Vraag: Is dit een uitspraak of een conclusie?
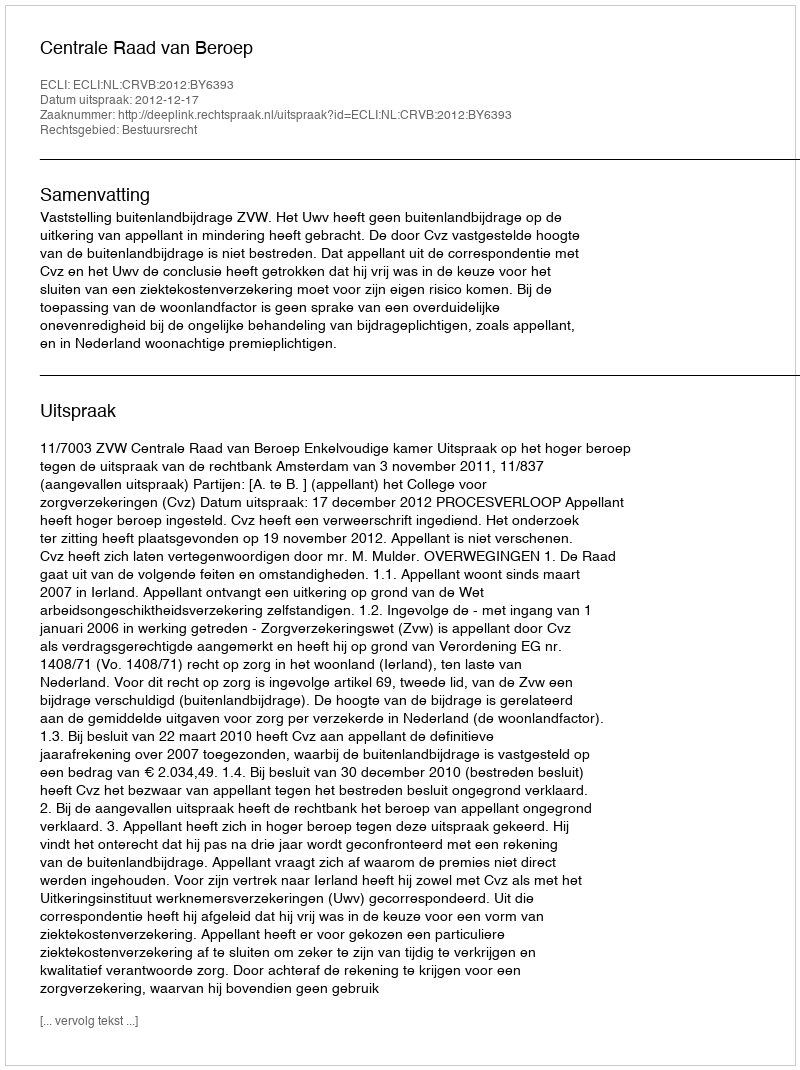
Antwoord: Uitspraak